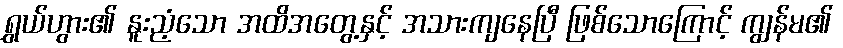
ရွှယ်ဟွား၏ နူးညံ့သော အထိအတွေ့နှင့် အသားကျနေပြီ ဖြစ်သောကြောင့် ကျွန်မ၏